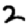
Digit: 2